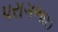
પરાગભાઇ